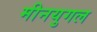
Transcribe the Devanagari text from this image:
मीनयुगल